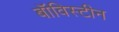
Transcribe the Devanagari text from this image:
बॉविस्टीन